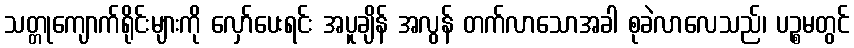
သတ္တုကျောက်ရိုင်းများကို လှော်ပေးရင်း အပူချိန် အလွန် တက်လာသောအခါ စုခဲလာလေသည်၊ ပဉ္စမတွင်